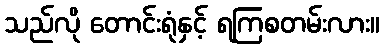
သည်လို တောင်းရုံနှင့် ရကြစတမ်းလား။